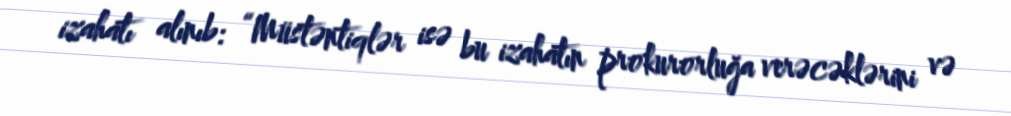
izahatı alınıb: “Müstəntiqlər isə bu izahatın prokurorluğa verəcəklərini və